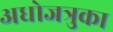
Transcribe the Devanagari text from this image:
अधोजत्रुका